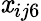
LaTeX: \mathit{x}_{ij6}